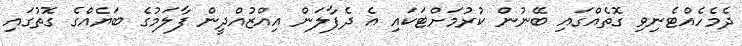
ދެމެހެއްޓެނިވި ގޮތެއްގައި ބޭނުން ކުރުމަށްޓަކައި އެ ދެފާލަން އިއްޒުއްދީން ފާލަމުގެ ބަޔެއްގެ ގޮތުގައި